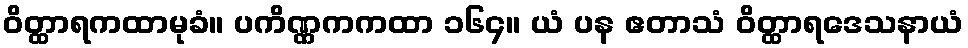
ဝိတ္ထာရကထာမုခံ။ ပကိဏ္ဏကကထာ ၁၆၄။ ယံ ပန ဧတာသံ ဝိတ္ထာရဒေသနာယံ